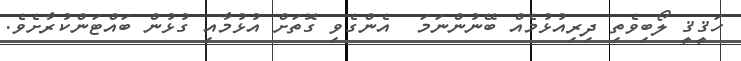
ހަޤީޤީ ލޯބިވެތި ދިރިއުޅުމެއް ބޭނުންނަމަ  އެންގެވި ގޮތަށް އުޅުމާއި ގުޅުން ބައްޓަންކުރާށެވެ.